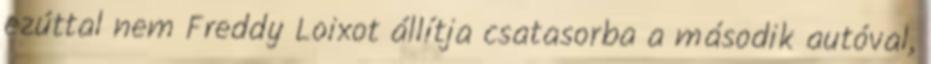
ezúttal nem Freddy Loixot állítja csatasorba a második autóval,